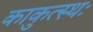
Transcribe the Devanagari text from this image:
काकुत्स्थः